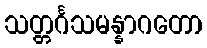
သတ္တင်္ဂသမန္နာဂတော